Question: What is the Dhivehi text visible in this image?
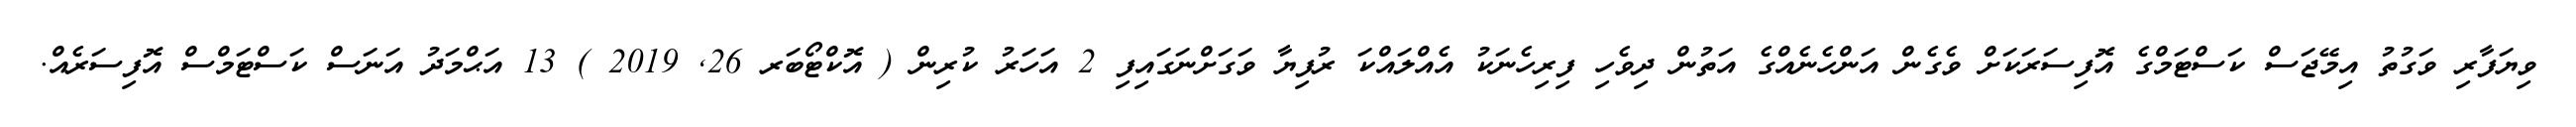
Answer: ވިޔަފާރި ވަގުތު އިމޭޖަސް ކަސްޓަމްގެ އޮފިސަރަކަށް ވެގެން އަންހެނެއްގެ އަތުން ދިވެހި ފިރިހެނަކު އެއްލައްކަ ރުފިޔާ ވަގަށްނަގައިފި 2 އަހަރު ކުރިން ( އޮކްޓޯބަރ 26, 2019 ) 13 އަޙްމަދު އަނަސް ކަސްޓަމްސް އޮފިސަރެއް.